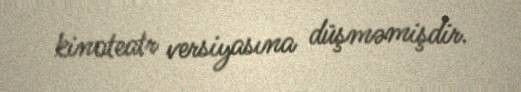
kinoteatr versiyasına düşməmişdir.